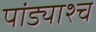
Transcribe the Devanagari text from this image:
पांड्याश्च